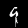
Label: 9